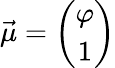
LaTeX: {\vec{\mu}}={\binom{\varphi}{1}}